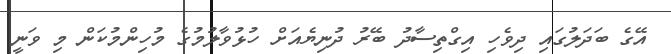
އޭގެ ބަދަލުގައި ދިވެހި އިގްތިސާދު ބޭރު ދުނިޔެއަށް ހުޅުވާލުމުގެ މުހިންމުކަން މި ވަނީ